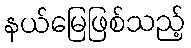
နယ်မြေဖြစ်သည့်